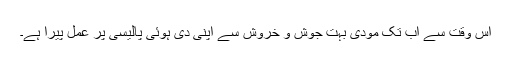
اس وقت سے اب تک مودی بہت جوش و خروش سے اپنی دی ہوئی پالیسی پر عمل پیرا ہے۔